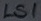
Text: LS1